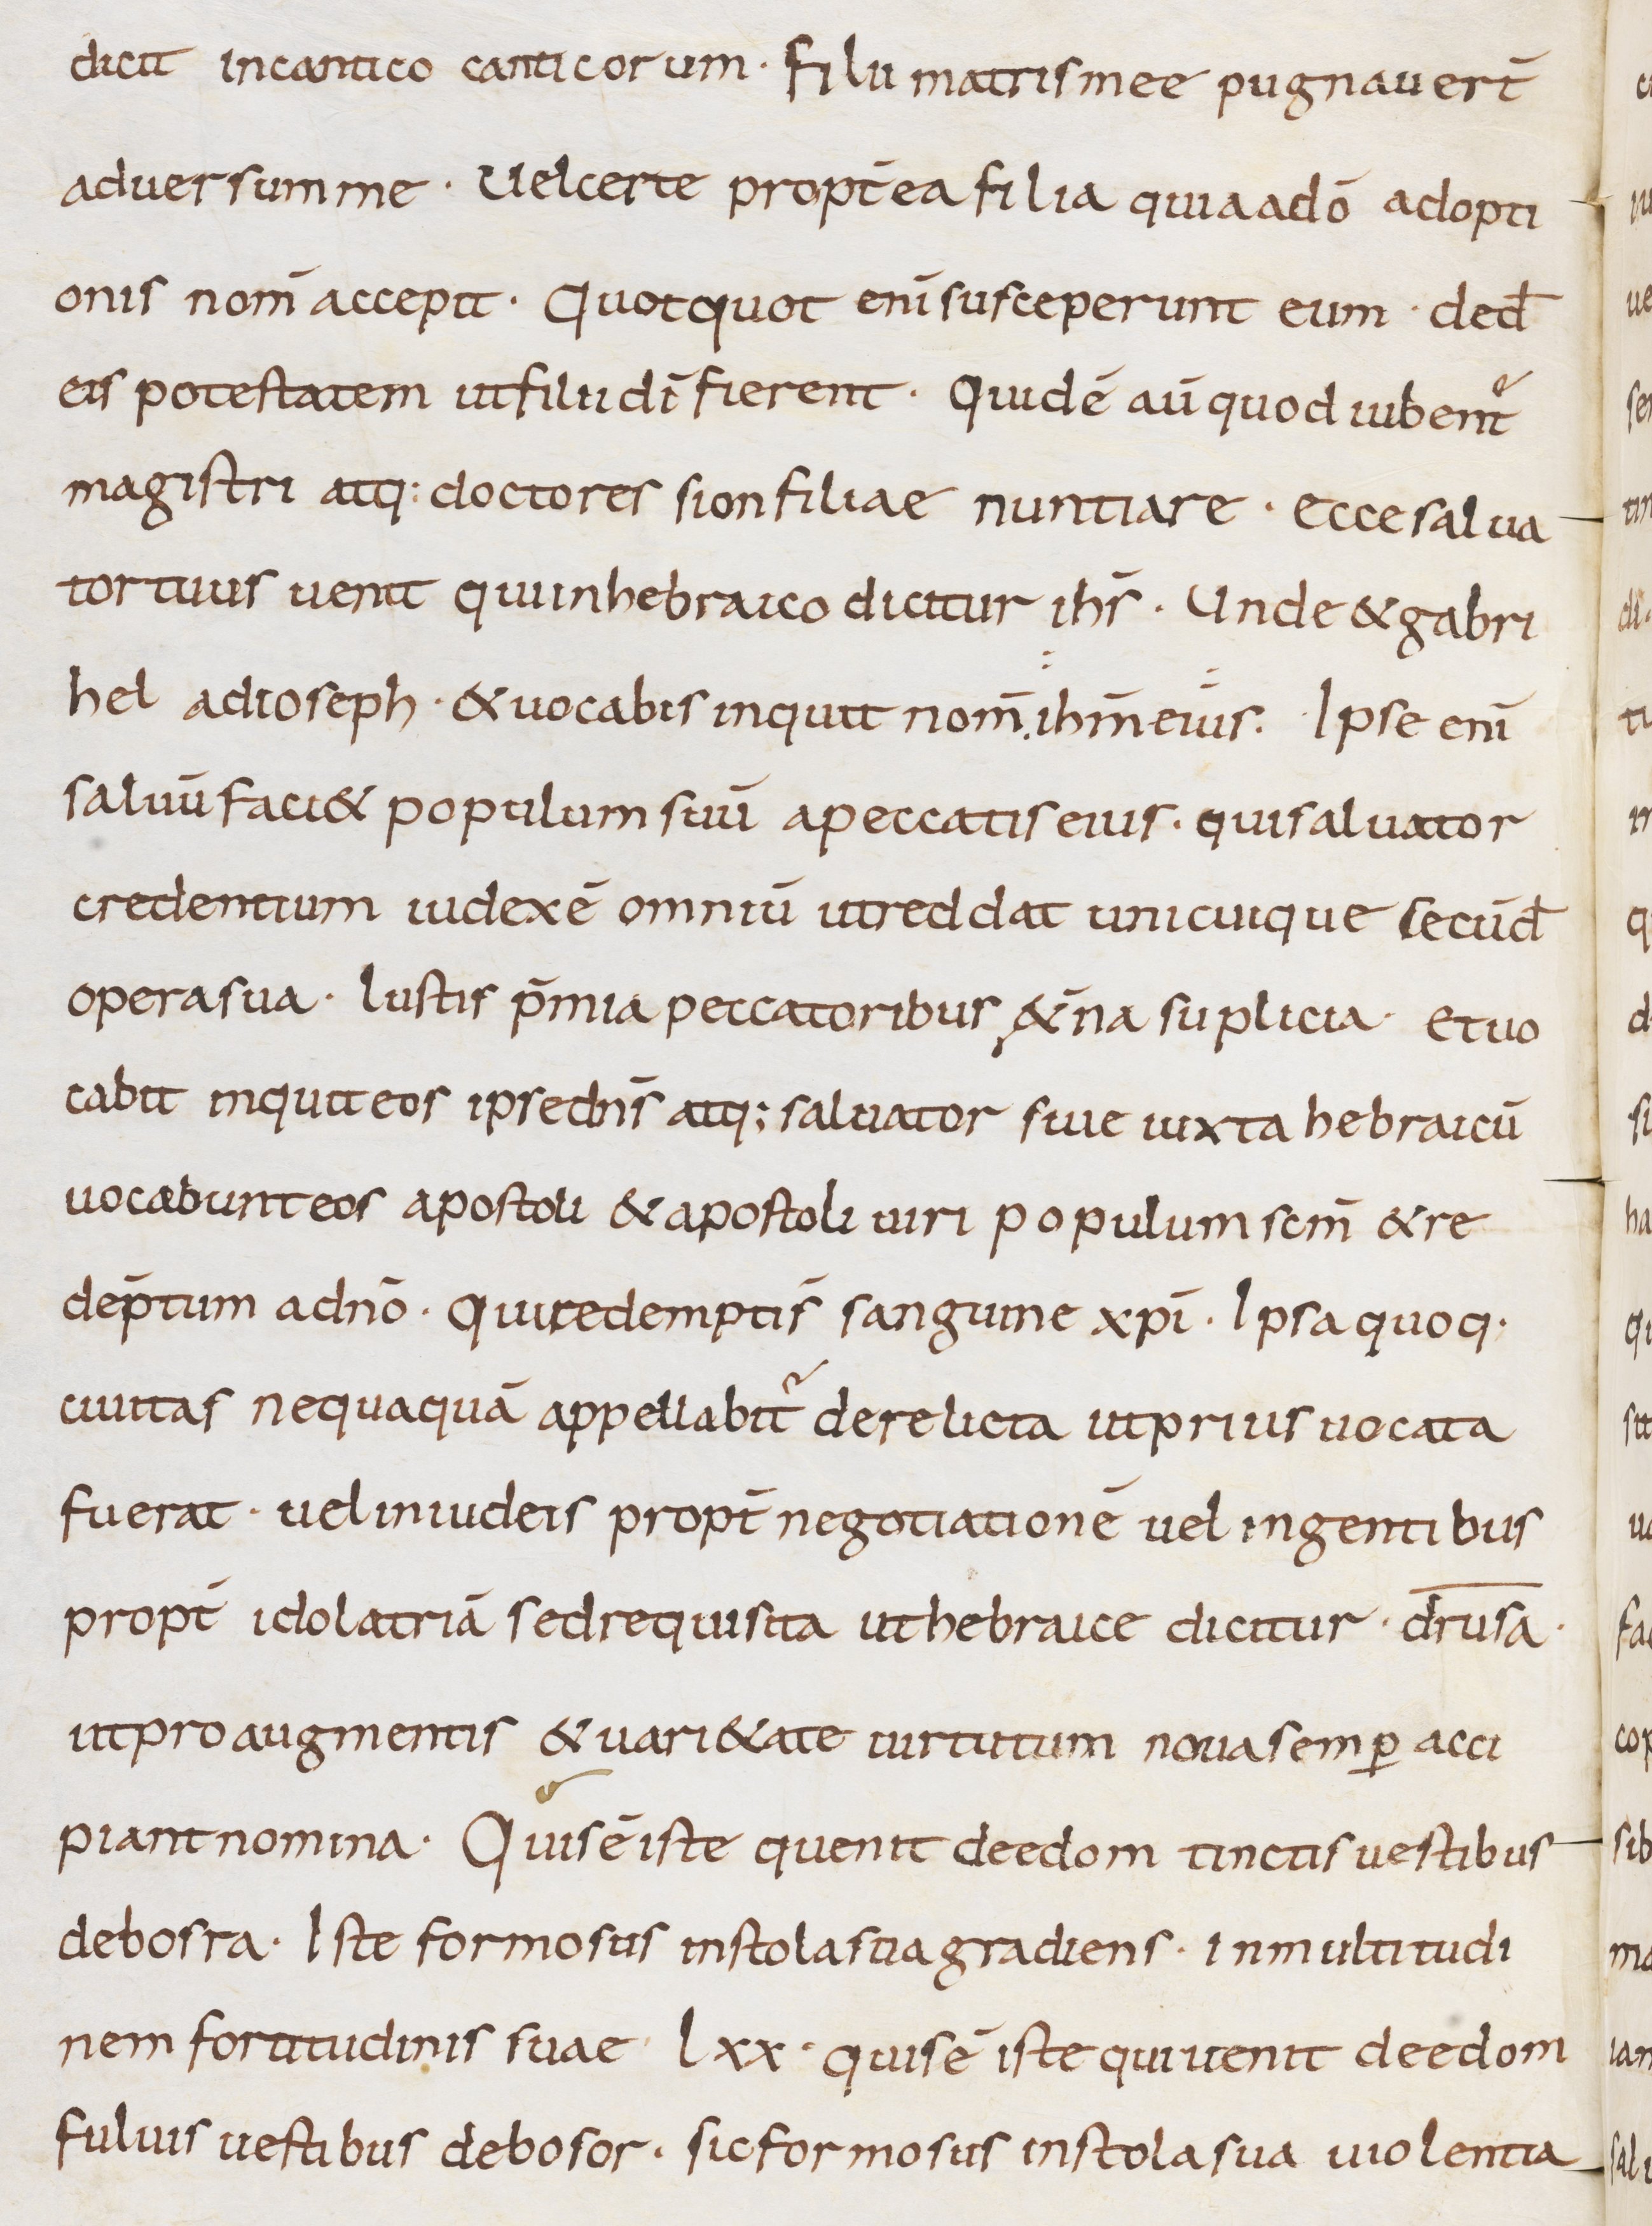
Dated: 800–899